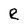
Character: R